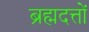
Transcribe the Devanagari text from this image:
ब्रह्मदत्तों